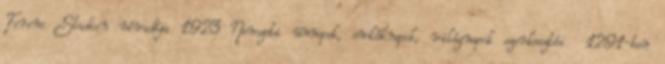
Ferenc Stadion névadója 1923 Nemzeti ünnepek, emléknapok, világnapok szerkesztés 1291-ben